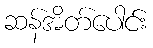
ဆန်အိတ်ပေါင်း